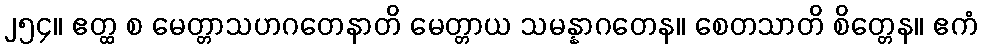
၂၅၄။ ဧတ္ထ စ မေတ္တာသဟဂတေနာတိ မေတ္တာယ သမန္နာဂတေန။ စေတသာတိ စိတ္တေန။ ဧကံ